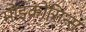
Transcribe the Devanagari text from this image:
मोइक्रोसिन्स